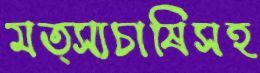
মত্স্যচাষিসহ